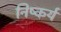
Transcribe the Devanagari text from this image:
निष्कर्य